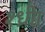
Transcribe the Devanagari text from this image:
श्ध्रीा